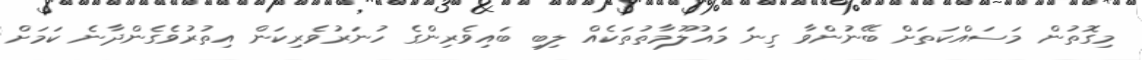
މިގޮތުން މަސައްކަތަށް ބޭނުންވާ ގިނަ މައުލޫމާތުތަކެއް ލިބި ބައިވެރިންގެ ހުނަރުވެރިކަން އިތުރުވެގެންދާނެ ކަމަށް